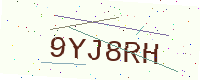
Text: 9YJ8RH